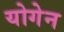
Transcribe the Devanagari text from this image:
योगेन